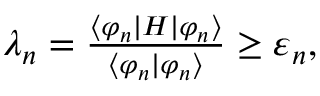
\begin{array} { r } { \lambda _ { n } = \frac { \langle \varphi _ { n } | H | \varphi _ { n } \rangle } { \langle \varphi _ { n } | \varphi _ { n } \rangle } \ge \varepsilon _ { n } , } \end{array}